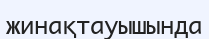
жинақтауышында